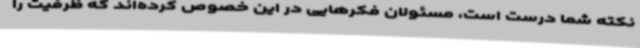
نکته شما درست است، مسئولان فکرهایی در این خصوص کرده‌اند که ظرفیت را